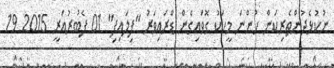
ނުކުޅެދުންތެރިކަން ހުންނަ މީހަކު ގޮވައިގެން ޑްރައިވަރު "ފިލައިފި" 01 ފެބުރުއަރީ 2015 19